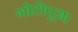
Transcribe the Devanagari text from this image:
गोटीपूअ।